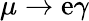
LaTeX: \mu\to\mathrm{e}\gamma